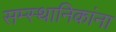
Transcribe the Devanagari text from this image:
सम्स्थानिकांना